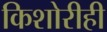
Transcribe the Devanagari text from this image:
किशोरीही